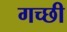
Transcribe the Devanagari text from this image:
गच्छी